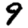
Digit: 9